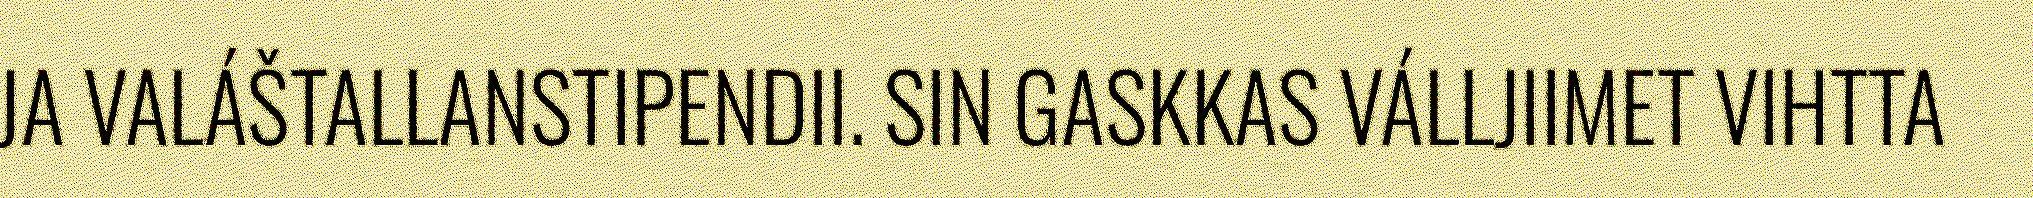
JA VALÁŠTALLANSTIPENDII. SIN GASKKAS VÁLLJIIMET VIHTTA